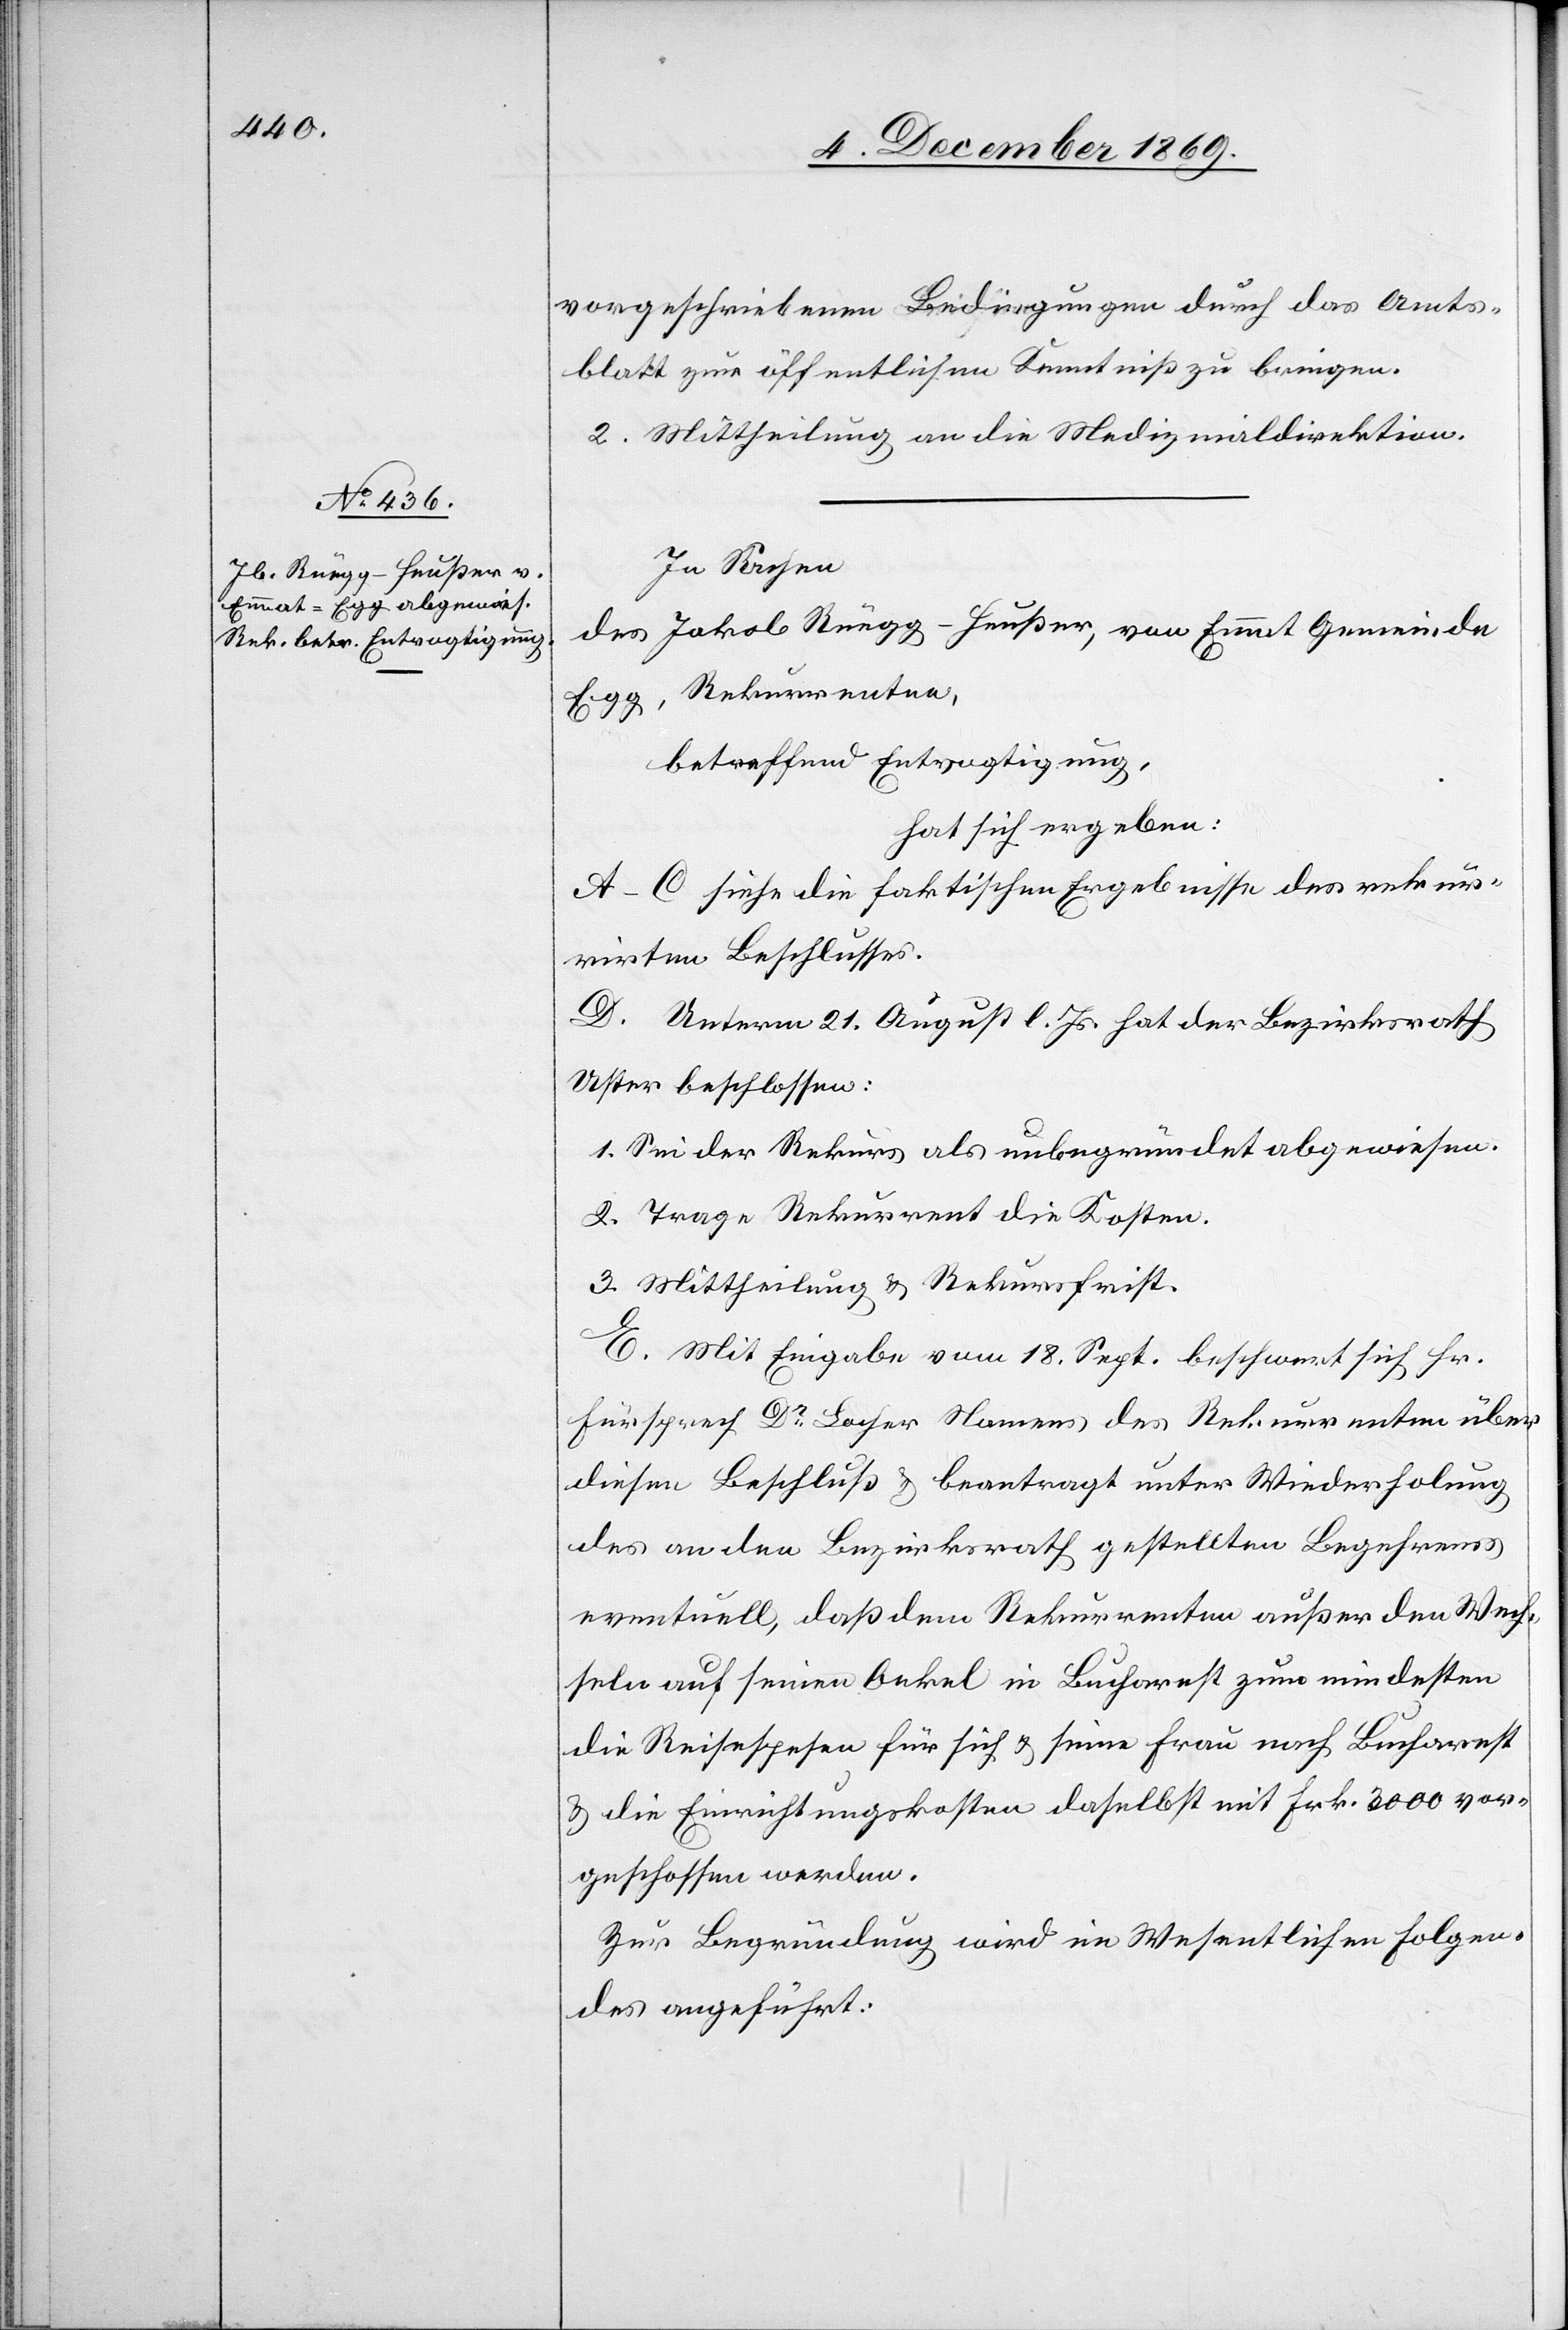
vorgeschriebenen Bedingungen durch das Amts¬
blatt zur öffentlichen Kenntniß zu bringen.
2. Mittheilung an die Medizinaldirektion.
In Sachen
des Jakob Rüegg-Heußer, von Emmat Gemeinde
Egg, Rekurrenten,
betreffend Entvogtigung,
hat sich ergeben:
A–C siehe die faktischen Ergebnisse des rekur¬
rirten Beschlusses.
D. Unterm 21. August l. Js. hat der Bezirksrath
Uster beschlossen:
1. Sei der Rekurs als unbegründet abgewiesen.
2. Trage Rekurrent die Kosten.
3. Mittheilung & Rekursfrist.
E. Mit Eingabe vom 18. Sept. beschwert sich Hr.
Fürsprech Dr Locher Namens des Rekurrenten über
diesen Beschluß & beantragt unter Wiederholung
des an den Bezirksrath gestellten Begehrens
eventuell, daß dem Rekurrenten außer den Wech¬
seln auf seinen Onkel in Bucharest zum mindesten
die Reisespesen für sich & seine Frau nach Bucharest
& die Einrichtungskosten daselbst mit Frk. 3000 vor¬
geschossen werden.
Zur Begründung wird im Wesentlichen Folgen¬
des angeführt: